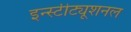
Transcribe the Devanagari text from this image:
इन्स्टीट्यूशनल